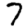
Digit: 7